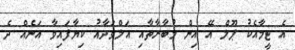
އެ ޓީމާއެކު ޕޫލް އޭ އިން މުބާރާތާއި އަލްވަދާއު ކިޔާފައިވާ އަނެއް ދެ